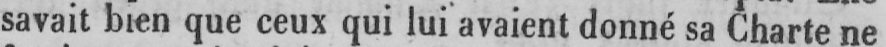
savait bien que ceux qui lui avaient donné sa Charte ne